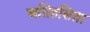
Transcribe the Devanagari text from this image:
अतिहसिता